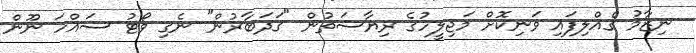
ނިޒާމު ގެއްލިފައި ވަނިކޮށް މަޖިލީހުގެ ރިޔާސަތުން "ގަދަބާރުން" ނެގި ވޯޓު ސައްހަ ނޫން